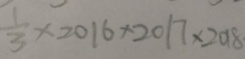
\frac { 1 } { 3 } \times 2 0 1 6 \times 2 0 1 7 \times 2 0 1 8